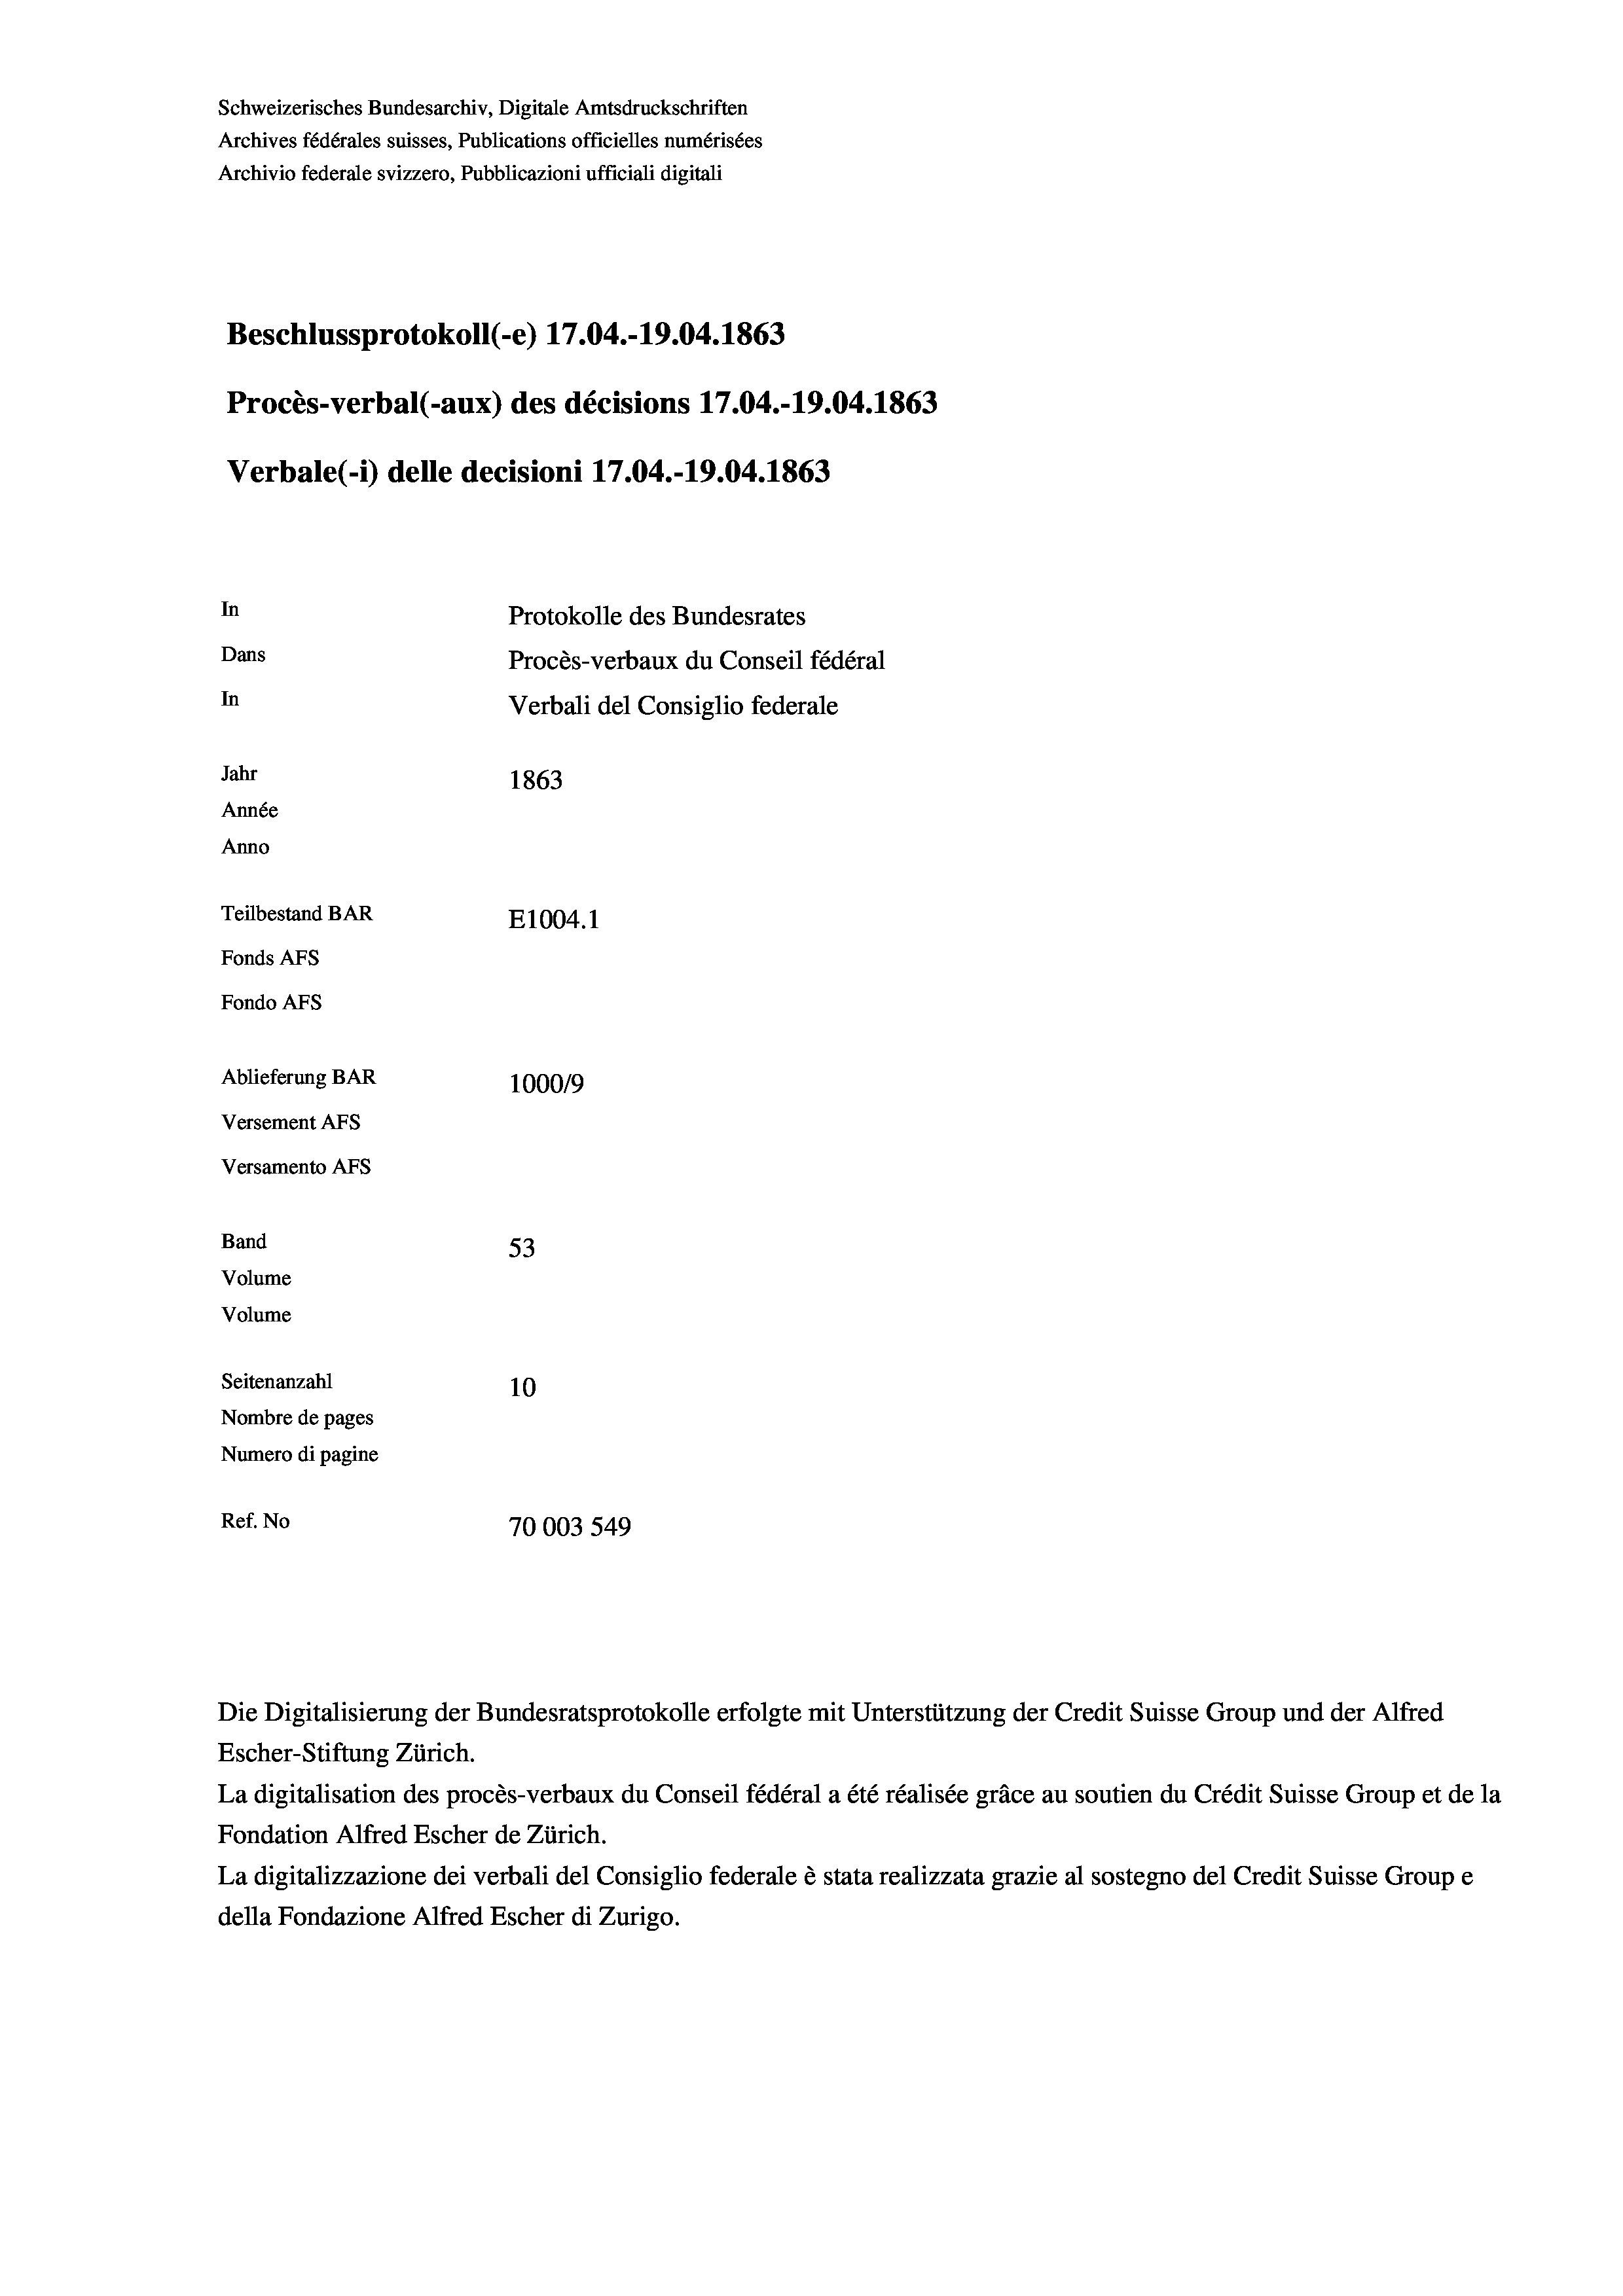
Schweizerisches Bundesarchiv, Digitale Amtsdruckschriften
Archives fédérales suisses, Publications officielles numérisées
Archivio federale svizzero, Pubblicazioni ufficiali digitali
Beschlussprotokoll (-e) 17.04.-19.04. 1863
Procès-verbal (-aux) des décisions 17.04.-19.04. 1863
Verbale(*) delle decisioni 17.04.-19.04. 1863
In
Protokolle des Bundesrates
Dans
Procès-verbaux du Conseil fédéral
In
Verbali del Consiglio federale
Jahr
1863
Année
Anno
Teilbestand BAR
E1004. 1
Fonds AFs
Fondo AFS
Ablieferung BAR
100019
Versement AFs
Versamento AFs

53
Seitenanzahl
10
Nombre de pages
Numero di pagine
Ref. No
70003549

Band
Volume

Volume

Escher-Stiftung Zürich.
La digitalisation des procès-verbaux du Conseil fédéral a été réalisée gräce au soutien du Crédit Suisse Group et de la
Fondation Alfred Escher de Zürich.
La digitalizzazione dei verbali del Consiglio federale è stata realizzata grazie al sostegno del Credit Suisse Groupe
della Fondazione Alfred Escher di Zurigo.

Die Digitalisierung der Bundesratsprotokolle erfolgte mit Unterstützung der Credit Suisse Group und der Alfred